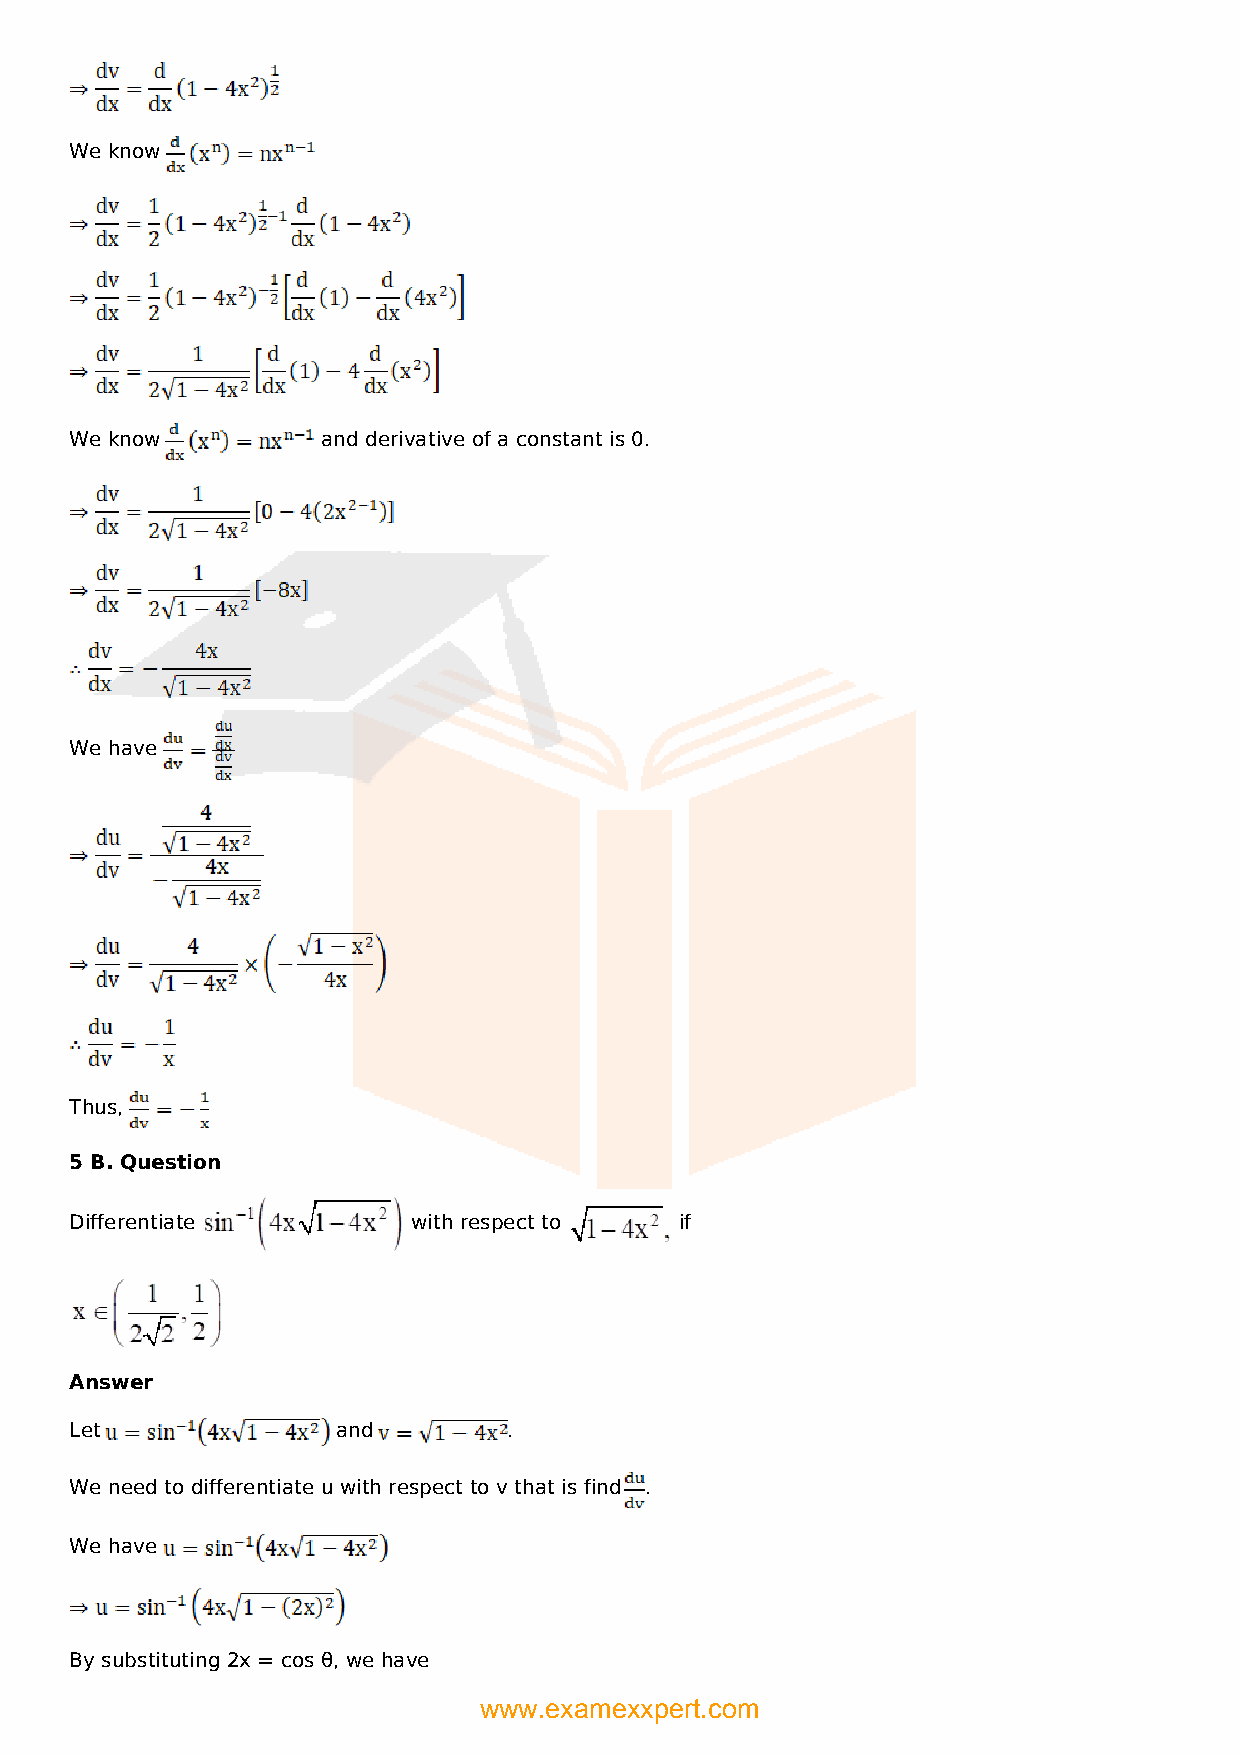
We know
 We know         and derivative of a constant is 0.
 We have
 Thus,
 5 B. Question
 Differentiate         with respect to   if
 Answer
 Let              and         .
 We need to differentiate u with respect to v that is find .
 We have
 By substituting 2x = cos θ, we have
 www.examexxpert.com